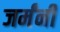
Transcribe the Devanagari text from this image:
जर्मंनी